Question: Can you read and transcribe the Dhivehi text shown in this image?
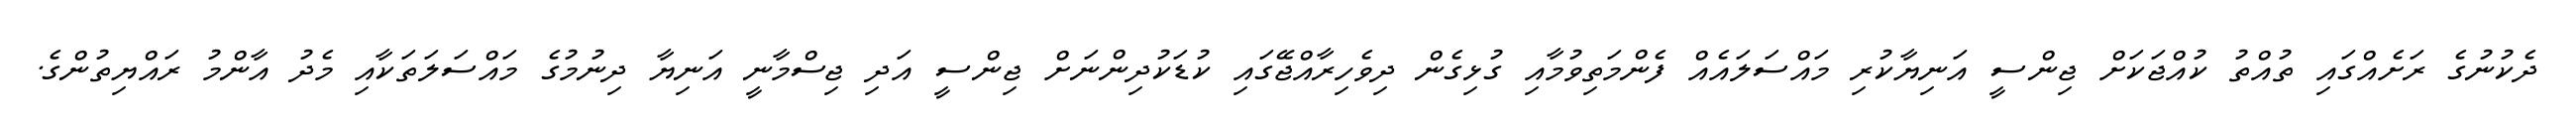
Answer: ދެކުނުގެ ރަށެއްގައި ތުއްތު ކުއްޖަކަށް ޖިންސީ އަނިޔާކުރި މައްސަލައެއް ފެންމަތިވުމާއި ގުޅިގެން ދިވެހިރާއްޖޭގައި ކުޑަކުދިންނަށް ޖިންސީ އަދި ޖިސްމާނީ އަނިޔާ ދިނުމުގެ މައްސަލަތަކާއި މެދު އާންމު ރައްޔިތުންގެ.